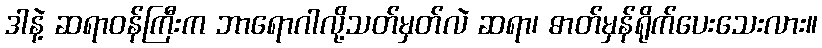
ဒါနဲ့ ဆရာဝန်ကြီးက ဘာရောဂါလို့သတ်မှတ်လဲ ဆရာ၊ ဓာတ်မှန်ရိုက်ပေးသေးလား။